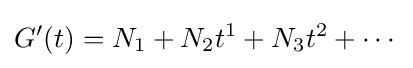
G'(t)=N_{1}+N_{2}t^{1}+N_{3}t^{2}+\cdots